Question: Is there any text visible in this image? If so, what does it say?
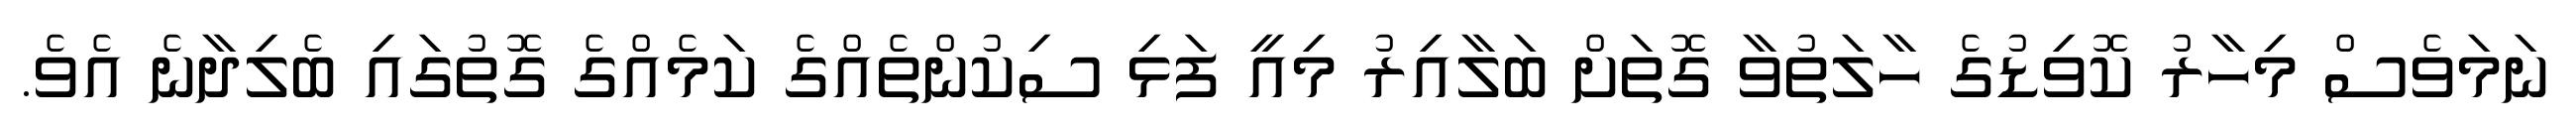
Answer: ނަމަވެސް މިހާރު ކޮވިޑުގެ ހާލަތުވާ ގޮތަށް ބަލާއިރު މިއީ ފަޅި ސިކުންތެއްގެ ކަމެއްގެ ގޮތުގައި ބެލިދާނެ އެވެ.